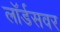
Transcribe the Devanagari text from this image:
लॉर्डसवर